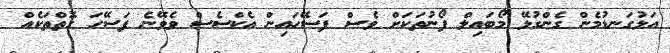
އަޅުގަނޑުމެން ގެންގުޅޭ މޯބައިލް ފޯނުތަކަށް ވެސް ފަސޭހައިން އެކްސެސް ވެވޭނެ ފަސޭހަ ގޮތްތަކެއް